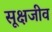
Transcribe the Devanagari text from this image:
सूक्षजीव